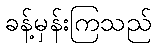
ခန့်မှန်းကြသည်